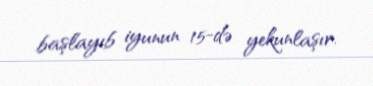
başlayıb iyunun 15-də yekunlaşır.